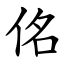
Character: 佲